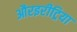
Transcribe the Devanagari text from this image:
औरइरीट्रिया